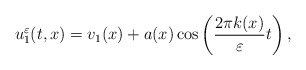
\begin{align*}u_1^\varepsilon (t,x) = v_1(x) + a(x)\cos\left(\frac{2\pi k (x)}{\varepsilon}t\right),\end{align*}